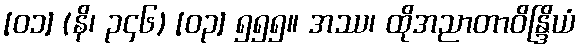
[၀၁] (နိ၊ ၃၄၆) [၀၃] ၅၅၅။ အဿ၊ ထိုအညာတာဝိန္ဒြိယံ